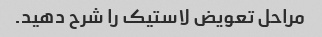
مراحل تعویض لاستیک را شرح دهید.